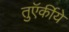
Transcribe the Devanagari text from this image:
तुऍर्कीये